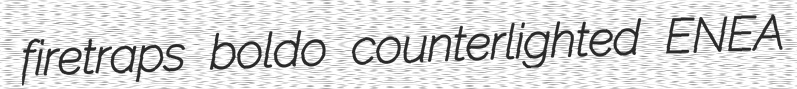
firetraps boldo counterlighted ENEA